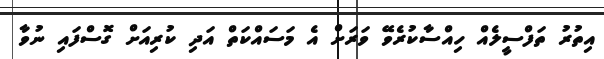
އިތުރު ތަފްސީލެއް ހިއްސާކުރެވޭ ވަރަށް އެ މަސައްކަތް އަދި ކުރިއަށް ގޮސްފައި ނުވާ